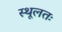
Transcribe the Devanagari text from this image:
स्थूलतः